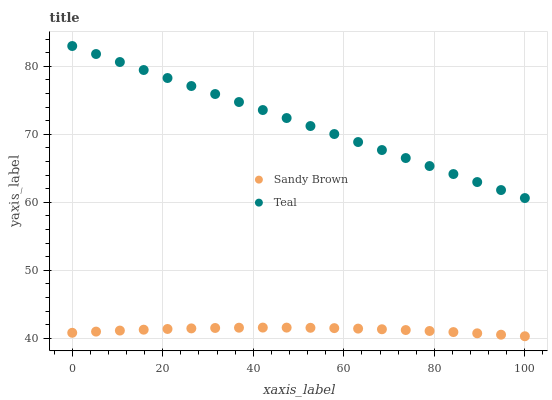
| xaxis_label | Sandy Brown | Teal |
 | --- | --- | --- |
 | 0 | 40.8 | 83 |
 | 5.26 | 41 | 81.8 |
 | 10.5 | 41.1 | 80.6 |
 | 15.8 | 41.3 | 79.5 |
 | 21.1 | 41.4 | 78.3 |
 | 26.3 | 41.4 | 77.1 |
 | 31.6 | 41.5 | 75.9 |
 | 36.8 | 41.5 | 74.8 |
 | 42.1 | 41.6 | 73.6 |
 | 47.4 | 41.6 | 72.4 |
 | 52.6 | 41.5 | 71.2 |
 | 57.9 | 41.5 | 70 |
 | 63.2 | 41.4 | 68.9 |
 | 68.4 | 41.3 | 67.7 |
 | 73.7 | 41.2 | 66.5 |
 | 78.9 | 41.1 | 65.3 |
 | 84.2 | 40.9 | 64.2 |
 | 89.5 | 40.7 | 63 |
 | 94.7 | 40.5 | 61.8 |
 | 100 | 40.3 | 60.6 |